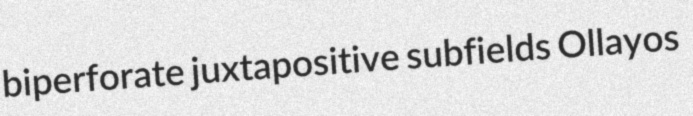
biperforate juxtapositive subfields Ollayos